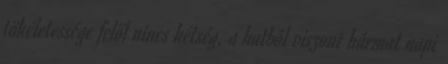
tökéletessége felől nincs kétség, a hatból viszont hármat napi